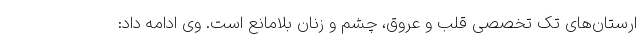
ارستان‌های تک تخصصی قلب و عروق، چشم و زنان بلامانع است. وی ادامه داد: